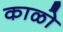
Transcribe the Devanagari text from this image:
काळो